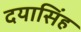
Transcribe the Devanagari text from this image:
दयासिंह